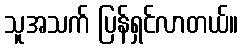
သူအသက် ပြန်ရှင်လာတယ်။